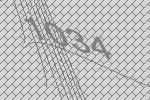
1034